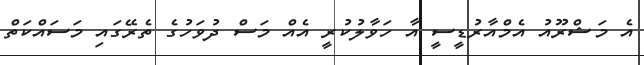
އެ މަޝްރޫއު އެމްއާރުޑީސީ އާ ހަވާލުކުރީ އެއް މަސް ދުވަހުގެ ތެރޭގައި މަސައްކަތް